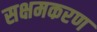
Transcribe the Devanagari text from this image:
सक्षमकरण